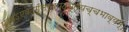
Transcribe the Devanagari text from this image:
पुरुषऽएवेदगूँसर्वंयद्भूतंयच्चभाव्यम्॥